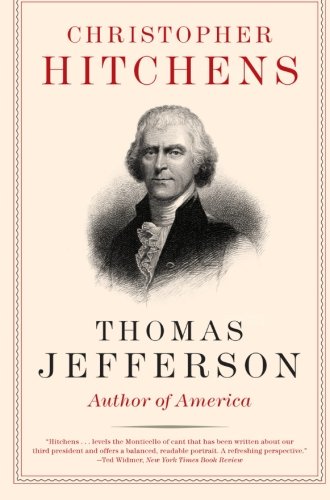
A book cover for Thomas Jefferson: Author of America (Eminent Lives); Christopher Hitchens; Biographies & Memoirs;